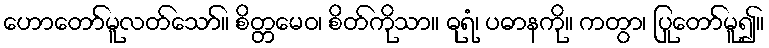
ဟောတော်မူလတ်သော်။ စိတ္တမေဝ၊ စိတ်ကိုသာ။ ဓုရံ၊ ပဓာနကို။ ကတွာ၊ ပြုတော်မူ၍။